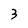
Character: 3